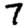
Digit: 7